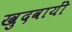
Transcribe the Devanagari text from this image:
खुदवायीं